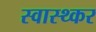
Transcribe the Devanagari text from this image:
स्वास्थ्कर